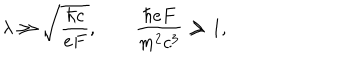
\lambda \gg \sqrt { \frac { \hbar c } { e F } } , \qquad \frac { \hbar e F } { m ^ { 2 } c ^ { 3 } } \gg 1 ,